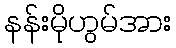
နန်းမိုဟွမ်အား